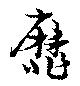
靡